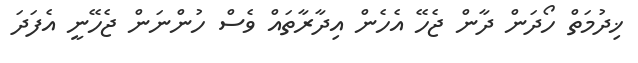
ޚިދުމަތް ހޯދަން ދާން ޖެހޭ އެހެން އިދާރާތައް ވެސް ހުންނަން ޖެހޭނީ އެފަދަ